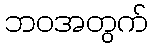
ဘဝအတွက်